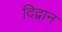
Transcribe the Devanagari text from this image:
दिद्वान